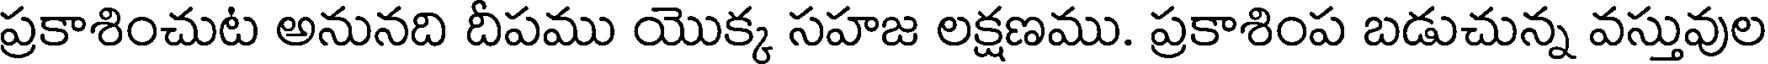
ప్రకాశించుట అనునది దీపము యొక్క సహజ లక్షణము. ప్రకాశింప బడుచున్న వస్తువుల